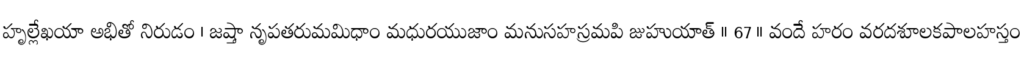
హృల్లేఖయా అభితో నిరుడం । జష్తా నృపతరుమమిధాం మధురయుజాం మనుసహస్రమపి జుహుయాత్ ॥ 67 ॥ వందే హరం వరదశూలకపాలహస్తం